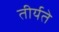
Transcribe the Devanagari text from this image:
तीर्यते